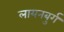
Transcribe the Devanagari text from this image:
लायनबुर्ग